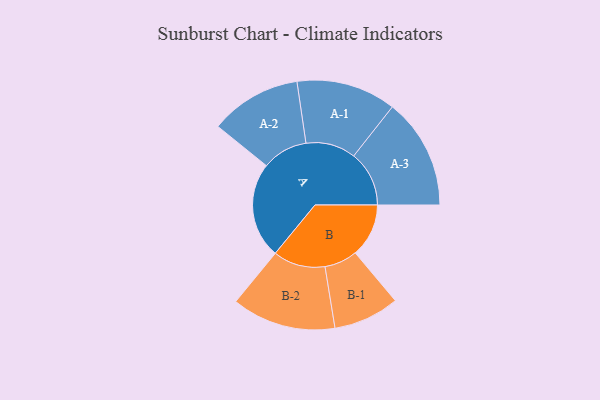
{"axis": {"x": "Segment", "y": "Value"}, "legend": ["", "A", "B"], "data": [{"x": "A", "y": 346, "type": ""}, {"x": "B", "y": 193, "type": ""}, {"x": "A-1", "y": 180, "type": "A"}, {"x": "A-2", "y": 165, "type": "A"}, {"x": "A-3", "y": 200, "type": "A"}, {"x": "B-1", "y": 119, "type": "B"}, {"x": "B-2", "y": 188, "type": "B"}]}